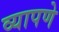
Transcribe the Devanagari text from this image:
व्यापणे